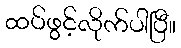
ထပ်ဖွင့်လိုက်ပါပြီ။